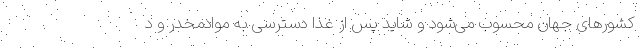
کشورهای جهان محسوب می‌شود و شاید پس از غذا دسترسی به موادمخدر و د